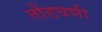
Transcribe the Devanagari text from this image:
तोंडघशी